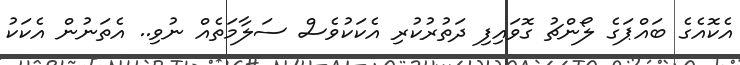
އެކޮއެގެ ބައްޕަގެ ލޯންޗު ގޮވައިފި ދަތުރުކުރި އެކަކުވެސް ސަލާމަތެއް ނުވި.. އެތަނުން އެކަކު